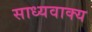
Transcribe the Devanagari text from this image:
साध्यवाक्य